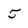
Character: 5